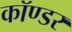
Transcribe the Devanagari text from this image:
कॉण्डर